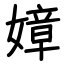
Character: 嫜